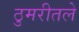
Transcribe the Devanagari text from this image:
ठुमरीतले